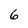
Character: 6